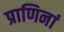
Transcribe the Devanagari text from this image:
प्राणिनां